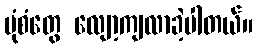
ပုံစံတွေ လျော့ကျလာခဲ့ပါတယ်။